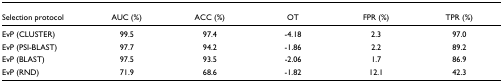
| Selection protocol | AUC (%) | ACC (%) | OT | FPR (%) | TPR (%) |
 | --- | --- | --- | --- | --- | --- |
 | EvP (CLUSTER) | 99.5 | 97.4 | -4.18 | 2.3 | 97.0 |
 | EvP (PSI-BLAST) | 97.7 | 94.2 | -1.86 | 2.2 | 89.2 |
 | EvP (BLAST) | 97.5 | 93.5 | -2.06 | 1.7 | 86.9 |
 | EvP (RND) | 71.9 | 68.6 | -1.82 | 12.1 | 42.3 |